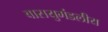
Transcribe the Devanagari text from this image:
वासयुमंडलीय